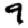
Digit: 9